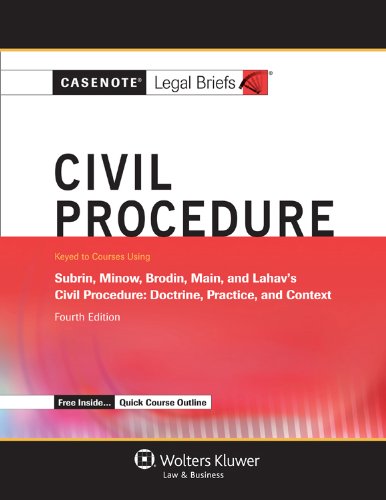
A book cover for Casenotes Legal Briefs: Civil Procedure, Keyed to Subrin, Minow, Brodin, & Main, Fourth Edition (Casenote Legal Briefs); Casenotes Legal Briefs; Law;